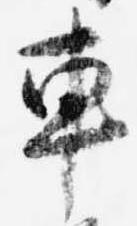
車